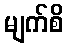
မျက်စိ